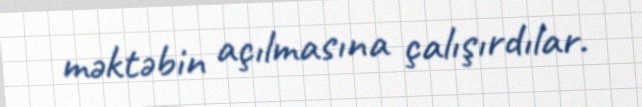
məktəbin açılmasına çalışırdılar.